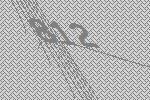
812